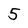
Character: 5